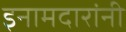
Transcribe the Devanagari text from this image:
इनामदारांनी